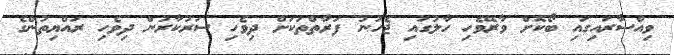
ވިއްސާރައިގައި ބޯކޮށް ވާރޭވެހި ހާލުގައި ޖެހުނު ފަރާތްތަކަށް ދިވެހި ސަރުކާރުން ދިވެހި ރައްޔިތުންގެ